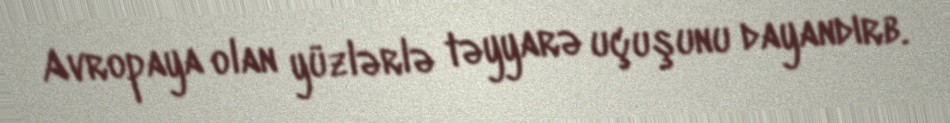
Avropaya olan yüzlərlə təyyarə uçuşunu dayandırb.